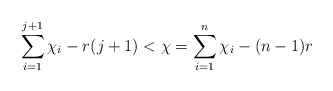
\begin{align*} \sum\limits_{i=1}^{j+1}\chi_i - r(j+1) < \chi = \sum\limits_{i=1}^n \chi_i - (n-1)r \end{align*}